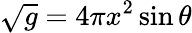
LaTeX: \sqrt{g}=4\pi x^{2}\sin\theta